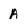
Character: A